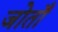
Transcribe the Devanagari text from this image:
जोताँ